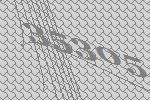
35305